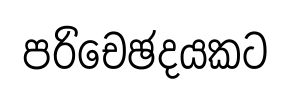
පරිචෙඡදයකට